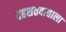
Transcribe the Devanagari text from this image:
दहशतवाद्याला